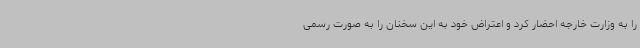
را به وزارت خارجه احضار کرد و اعتراض خود به این سخنان را به صورت رسمی